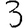
Digit: 3